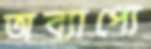
অব্যাপ্যে